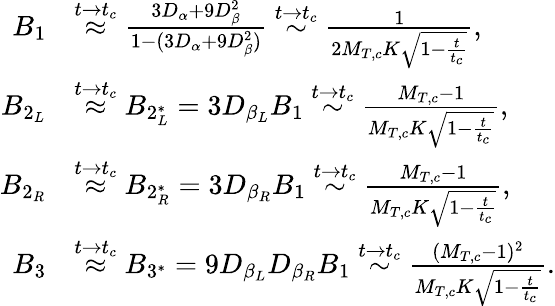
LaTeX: \begin{array}{rl}{B_{1}}&{\stackrel{t\rightarrow t_{c}}{\approx}\frac{3D_{\alpha}+9D_{\beta}^{2}}{1-(3D_{\alpha}+9D_{\beta}^{2})}\stackrel{t\rightarrow t_{c}}{\sim}\frac{1}{2M_{T,c}K\sqrt{1-\frac{t}{t_{c}}}}\mathrm{,}}\\ {B_{2_{L}}}&{\stackrel{t\rightarrow t_{c}}{\approx}B_{2_{L}^{*}}=3D_{\beta_{L}}B_{1}\stackrel{t\rightarrow t_{c}}{\sim}\frac{M_{T,c}-1}{M_{T,c}K\sqrt{1-\frac{t}{t_{c}}}}\mathrm{,}}\\ {B_{2_{R}}}&{\stackrel{t\rightarrow t_{c}}{\approx}B_{2_{R}^{*}}=3D_{\beta_{R}}B_{1}\stackrel{t\rightarrow t_{c}}{\sim}\frac{M_{T,c}-1}{M_{T,c}K\sqrt{1-\frac{t}{t_{c}}}}\mathrm{,}}\\ {B_{3}}&{\stackrel{t\rightarrow t_{c}}{\approx}B_{3^{*}}=9D_{\beta_{L}}D_{\beta_{R}}B_{1}\stackrel{t\rightarrow t_{c}}{\sim}\frac{(M_{T,c}-1)^{2}}{M_{T,c}K\sqrt{1-\frac{t}{t_{c}}}}\mathrm{.}}\end{array}